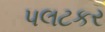
પલટકર